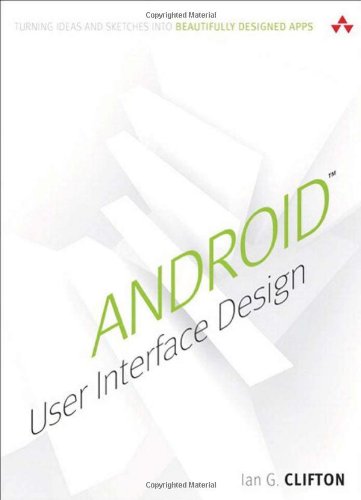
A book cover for Android User Interface Design: Turning Ideas and Sketches into Beautifully Designed Apps (Usability); Ian G. Clifton; Computers & Technology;